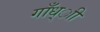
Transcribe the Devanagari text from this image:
गाँध्ाी